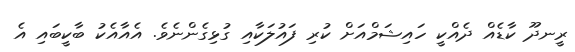
ރީނދޫ ކާޑެއް ދެއްކީ ހައިޝަމްއަށް ކުރި ފައުލަކާއި ގުޅިގެންނެވެ. އެއާއެކު ބާކީބައި އެ